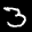
Digit: 3